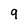
Character: 9